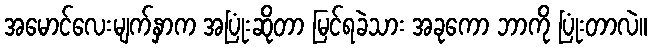
အမောင်လေးမျက်နှာက အပြုံးဆိုတာ မြင်ရခဲသား အခုကော ဘာကို ပြုံးတာလဲ။